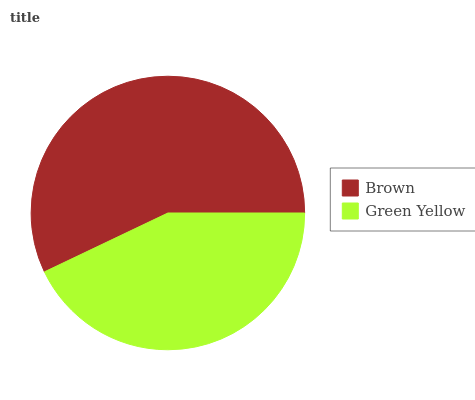
| Brown | Green Yellow |
 | --- | --- |
 | 57.1% | 42.9% |